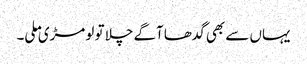
یہاں سے بھی گدھا آگے چلا تو لومڑی ملی۔